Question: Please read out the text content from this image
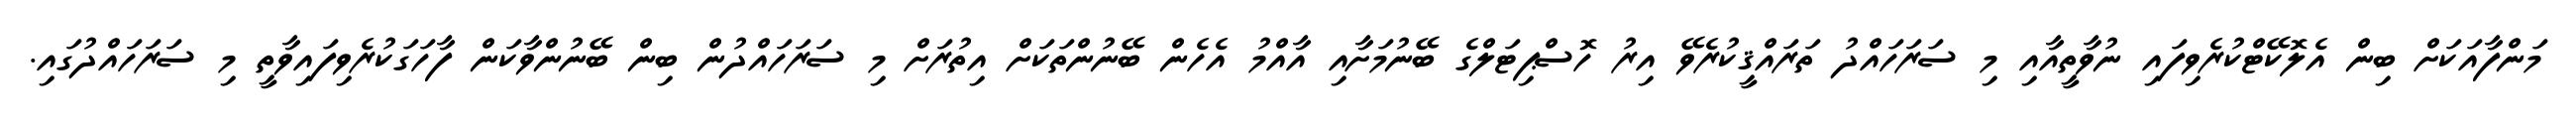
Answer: މަންފާއަކަށް ބިން އެލޮކޭޓްކުރެވިފައި ނުވާތީއާއި މި ސަރަހައްދު ތަރައްޤީކުރެވޭ އިރު ހޮސްޕިޓަލްގެ ބޭނުމަށާއި އާއްމު އެހެން ބޭނުންތަކަށް އިތުރަށް މި ސަރަހައްދުން ބިން ބޭނުންވާކަން ފާހަގަކުރެވިފައިވާތީ މި ސަރަހައްދުގައި.